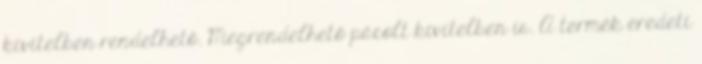
kivitelben rendelhető. Megrendelhető pácolt kivitelben is. A termék eredeti